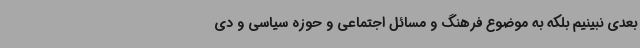
بعدی نبینیم بلکه به موضوع فرهنگ و مسائل اجتماعی و حوزه سیاسی و دی